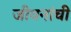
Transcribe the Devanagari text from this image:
जीवनांची